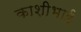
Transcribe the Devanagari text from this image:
काशीभाई